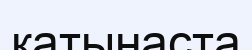
қатынаста